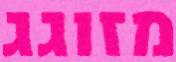
מזוגג